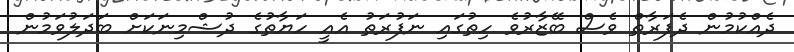
ދެއްކުމުން ދެފަރާތް ވެސް ބޭޒާރުވެ ހިތުގައި ނަފުރަތު އެއީ ހަޔާތުގެ ދުޝްމިނަކަށް ބަދަލުވަމުން